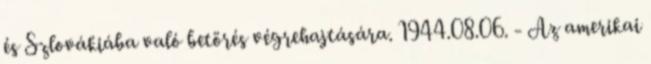
és Szlovákiába való betörés végrehajtására. 1944.08.06. - Az amerikai